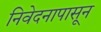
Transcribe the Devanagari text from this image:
निवेदनापासून